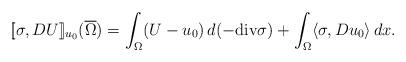
LaTeX: \begin{align*}[\![\sigma, DU]\!]_{u_0} ( \overline{\Omega}) = \int_{\Omega} (U - u_0) \, d (- {\rm div} \sigma) + \int_{\Omega} \langle \sigma, D u_0 \rangle \, dx.\end{align*}